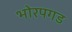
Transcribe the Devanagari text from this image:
भोरपगड